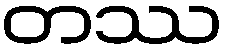
တဿ